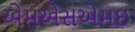
એમએસએમઇ